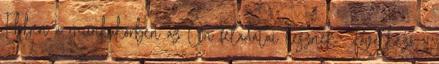
Ebben a munkakörben az Ön feladatai lesznek:. Következő ›